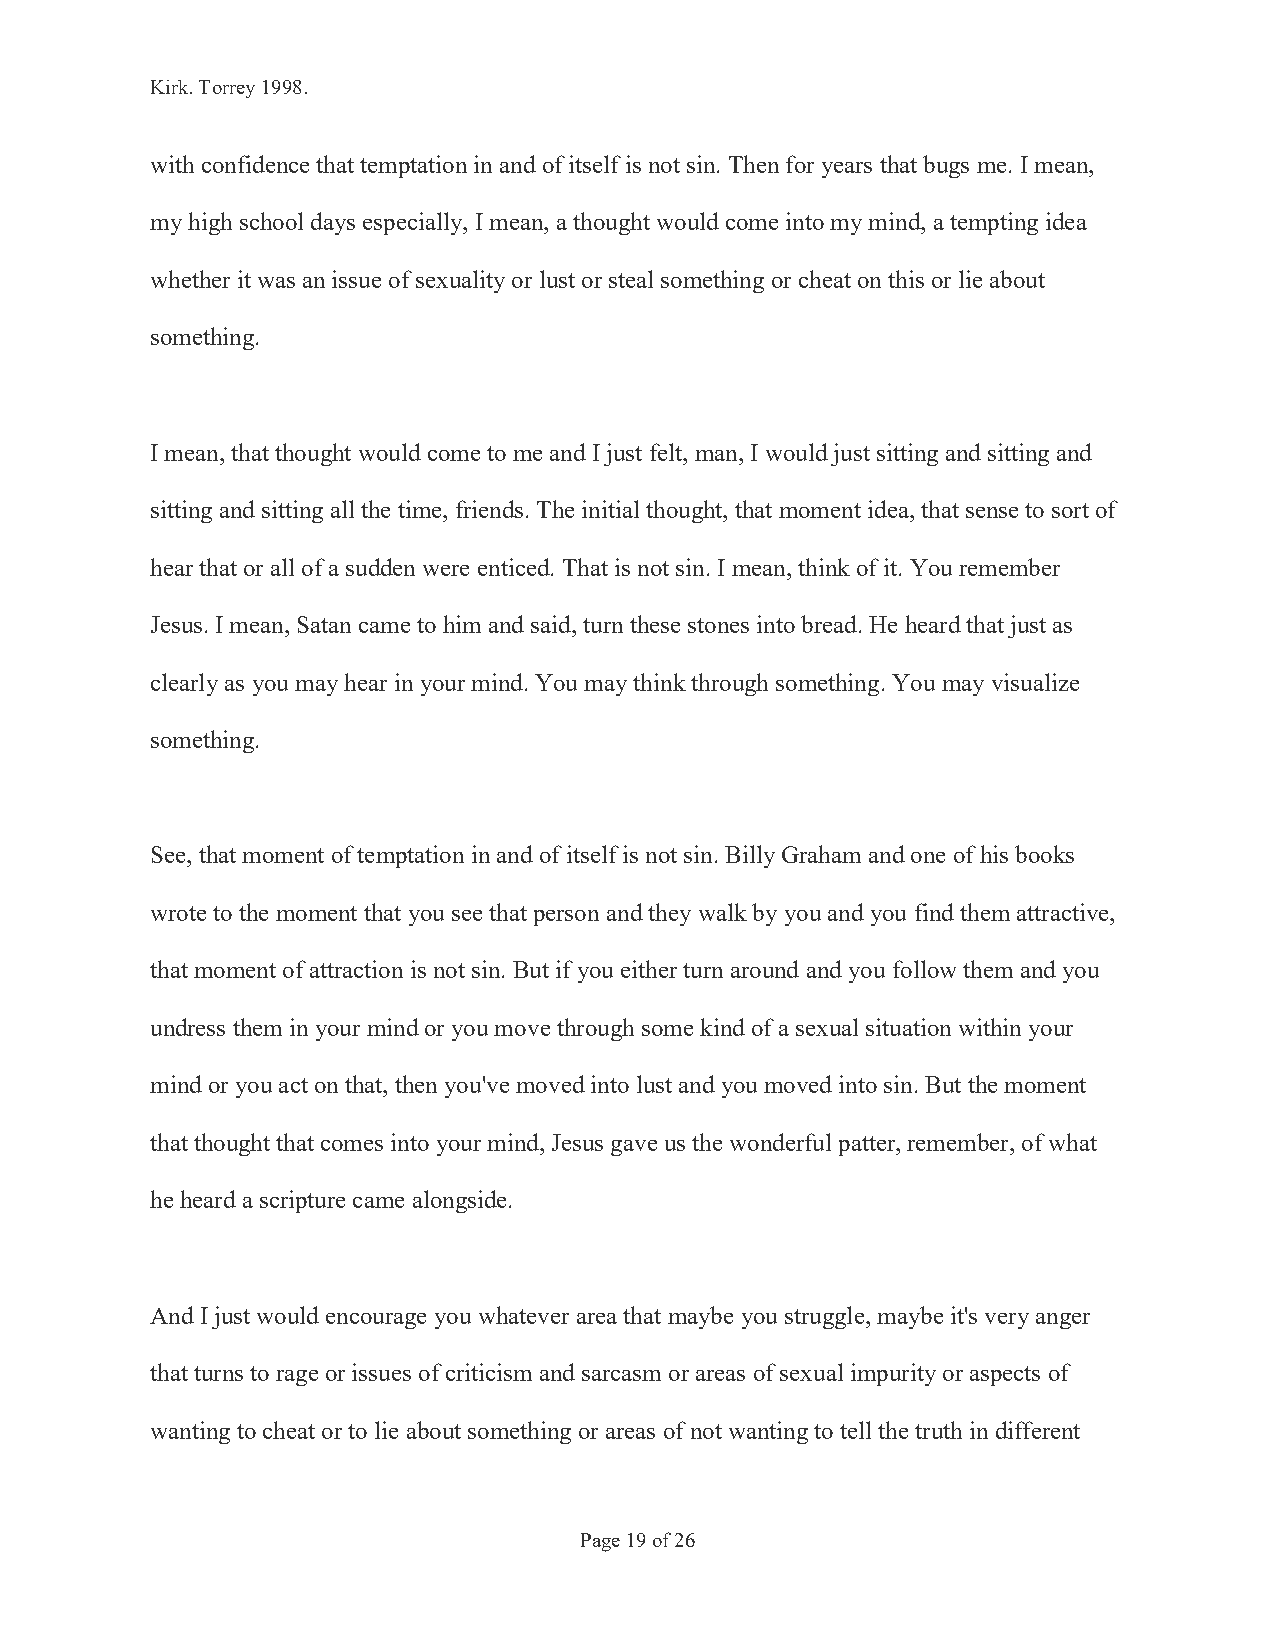
Kirk. Torrey 1998.
 with confidence that temptation in and of itself is not sin. Then for years that bugs me. I mean,
 my high school days especially, I mean, a thought would come into my mind, a tempting idea
 whether it was an issue of sexuality or lust or steal something or cheat on this or lie about
 something.
 I mean, that thought would come to me and I just felt, man, I would just sitting and sitting and
 sitting and sitting all the time, friends. The initial thought, that moment idea, that sense to sort of
 hear that or all of a sudden were enticed. That is not sin. I mean, think of it. You remember
 Jesus. I mean, Satan came to him and said, turn these stones into bread. He heard that just as
 clearly as you may hear in your mind. You may think through something. You may visualize
 something.
 See, that moment of temptation in and of itself is not sin. Billy Graham and one of his books
 wrote to the moment that you see that person and they walk by you and you find them attractive,
 that moment of attraction is not sin. But if you either turn around and you follow them and you
 undress them in your mind or you move through some kind of a sexual situation within your
 mind or you act on that, then you've moved into lust and you moved into sin. But the moment
 that thought that comes into your mind, Jesus gave us the wonderful patter, remember, of what
 he heard a scripture came alongside.
 And I just would encourage you whatever area that maybe you struggle, maybe it's very anger
 that turns to rage or issues of criticism and sarcasm or areas of sexual impurity or aspects of
 wanting to cheat or to lie about something or areas of not wanting to tell the truth in different
 Page 19 of 26